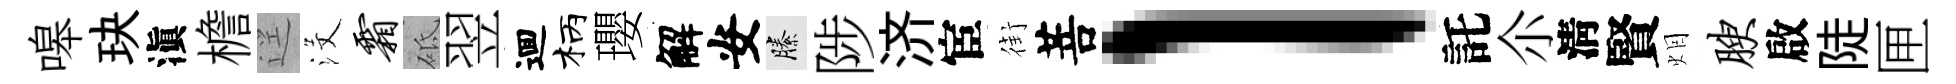
嗥玦滇檐逕沒霜砥翌逥柄瓔解安縢陟济宦街菩l託尒淸賢𤇆腴啟陡匣